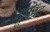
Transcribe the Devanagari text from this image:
ट्रूफॉट